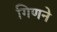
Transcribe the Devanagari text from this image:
गिणने